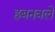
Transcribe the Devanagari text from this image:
हबनवले